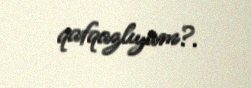
qafqazlıyam?.